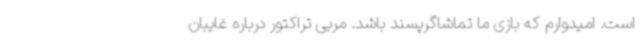
است. امیدوارم که بازی ما تماشاگرپسند باشد. مربی تراکتور درباره غایبان